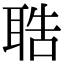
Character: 聕